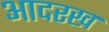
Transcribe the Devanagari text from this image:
आदरख